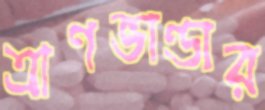
ত্রাণভাণ্ডার